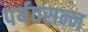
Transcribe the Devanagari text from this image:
पर्यवसन्न